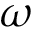
\omega